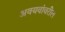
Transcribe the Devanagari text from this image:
अवयवांवरील